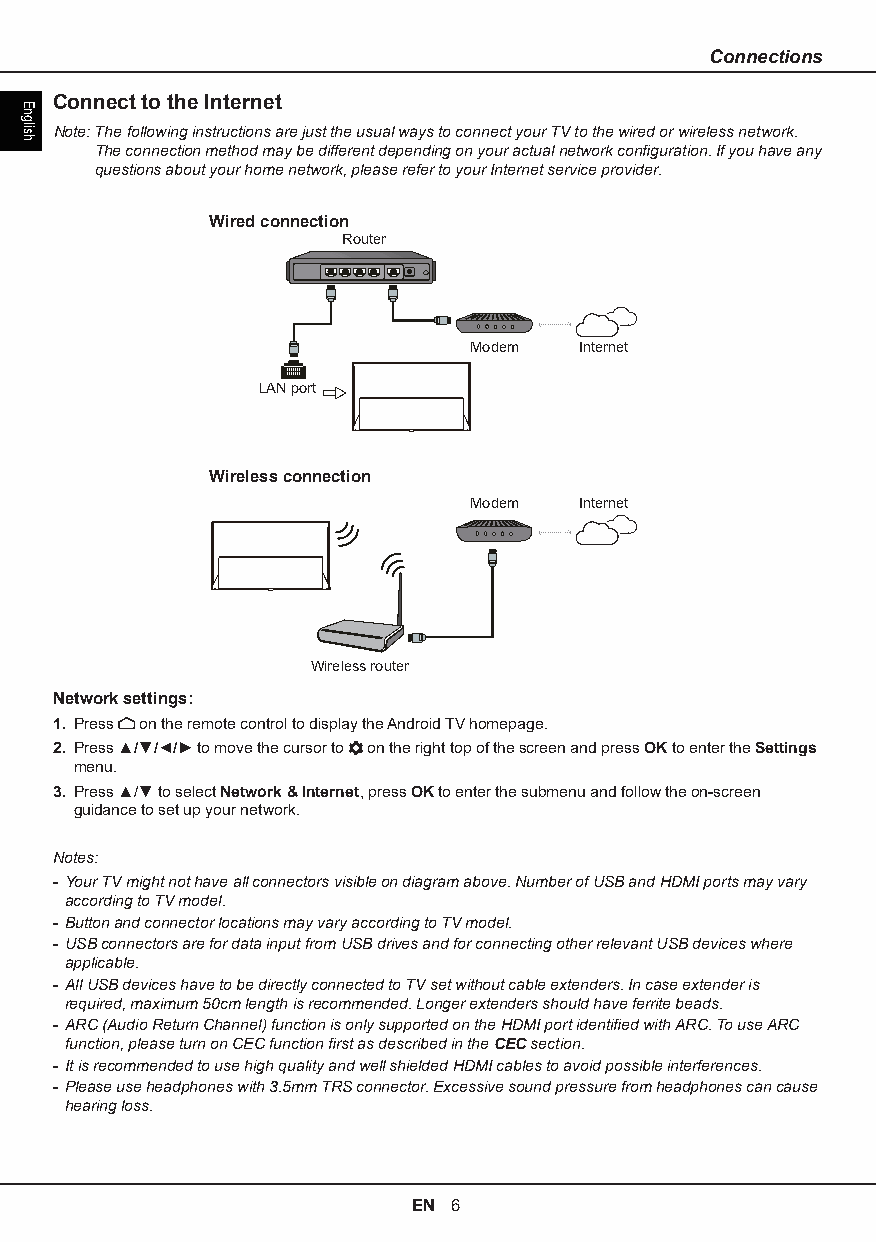
Connections
 Connect to the Internet
 Note: The following instructions are just the usual ways to connect your TV to the wired or wireless network.
 The connection method may be different depending on your actual network configuration. If you have any
 questions about your home network, please refer to your Internet service provider.
 Wired connection
 Router
 Modem  Internet
 LAN port
 Wireless connection
 Modem  Internet
 Wireless router
 Network settings:
 1. Press on the remote control to display the Android TV homepage.
 2. Press ▲/▼/◄/► to move the cursor to on the right top of the screen and press OK to enter the Settings
 menu.
 3. Press ▲/▼ to select Network & Internet, press OK to enter the submenu and follow the on-screen
 guidance to set up your network.
 Notes:
 - Your TV might not have all connectors visible on diagram above. Number of USB and HDMI ports may vary
 according to TV model.
 - Button and connector locations may vary according to TV model.
 - USB connectors are for data input from USB drives and for connecting other relevant USB devices where
 applicable.
 - All USB devices have to be directly connected to TV set without cable extenders. In case extender is
 required, maximum 50cm length is recommended. Longer extenders should have ferrite beads.
 - ARC (Audio Return Channel) function is only supported on the HDMI port identified with ARC. To use ARC
 function, please turn on CEC function first as described in the CEC section.
 - It is recommended to use high quality and well shielded HDMI cables to avoid possible interferences.
 - Please use headphones with 3.5mm TRS connector. Excessive sound pressure from headphones can cause
 hearing loss.
 EN 6
 English